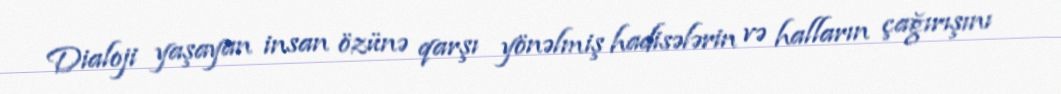
Dialoji yaşayan insan özünə qarşı yönəlmiş hadisələrin və halların çağırışını